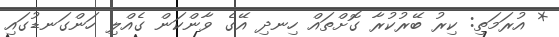
* އުރަމަތި: ކިރު ބޭރުކުރާ ގޮށްތައް ހިނދި އޭގެ ވާންކަން ގެއްލި ހަންގަނޑުގައި